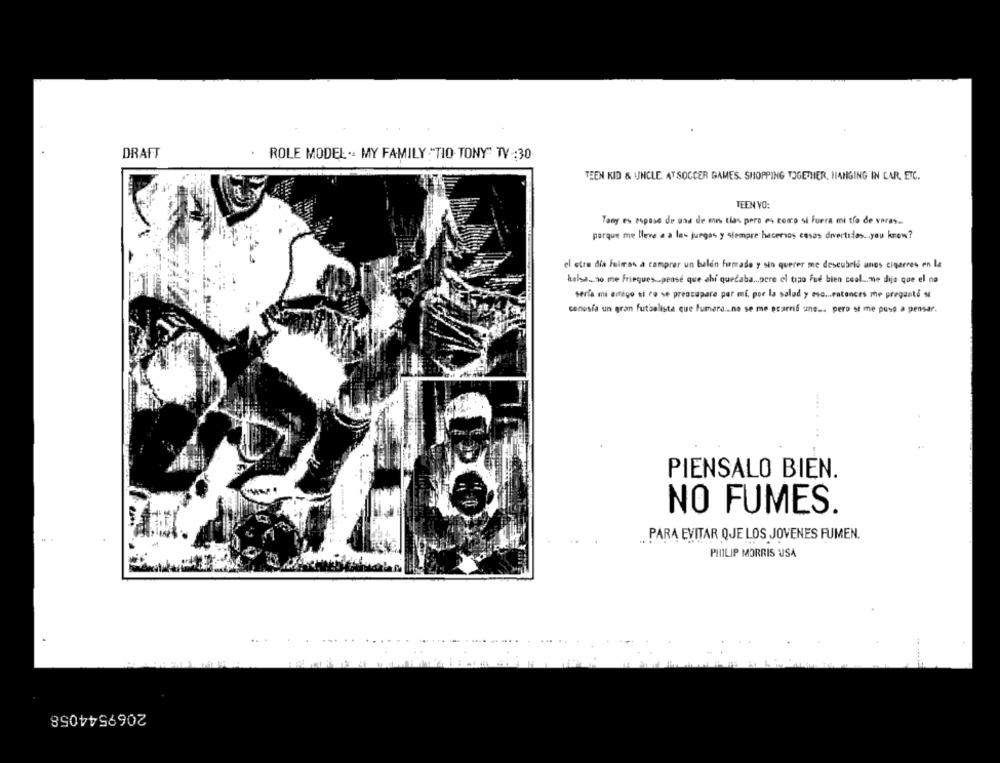
DRAFT
. ROLE MODEL .. MY FAMILY :""TIO- TONY" TV :30
TEEN KID & UNCLE AT SOCCER GAMES. SHOPPING TOGETHER, HANGING IN CAR, ETC.
TEEN VO:
Tony es espase de una de mis tias pero es como si Fuera mi tro de varas ..
porque me lleve a a las juegas y siempre hacernos casas divertidas .. you know?
el stra dia Fuimos a comprar un balen firmade y sin querer me descubrió anes cigarres en la
bolsa. no me frieques.pensé que ahí quedaba ... pero el tipo fue bien cool. me dijo que el na
sería mi amigo si ro se preocupare par mi, por la salud y eso ... entonces me preguntó si
conosla un gran futbolista que Fumara ... no se me ecarri une ... pero st me puse a pensar.
PIENSALO BIEN.
NO FUMES.
PARA EVITAR QUE LOS JOVENES FUMEN.
PHILIP MORRIS USA
2069544058